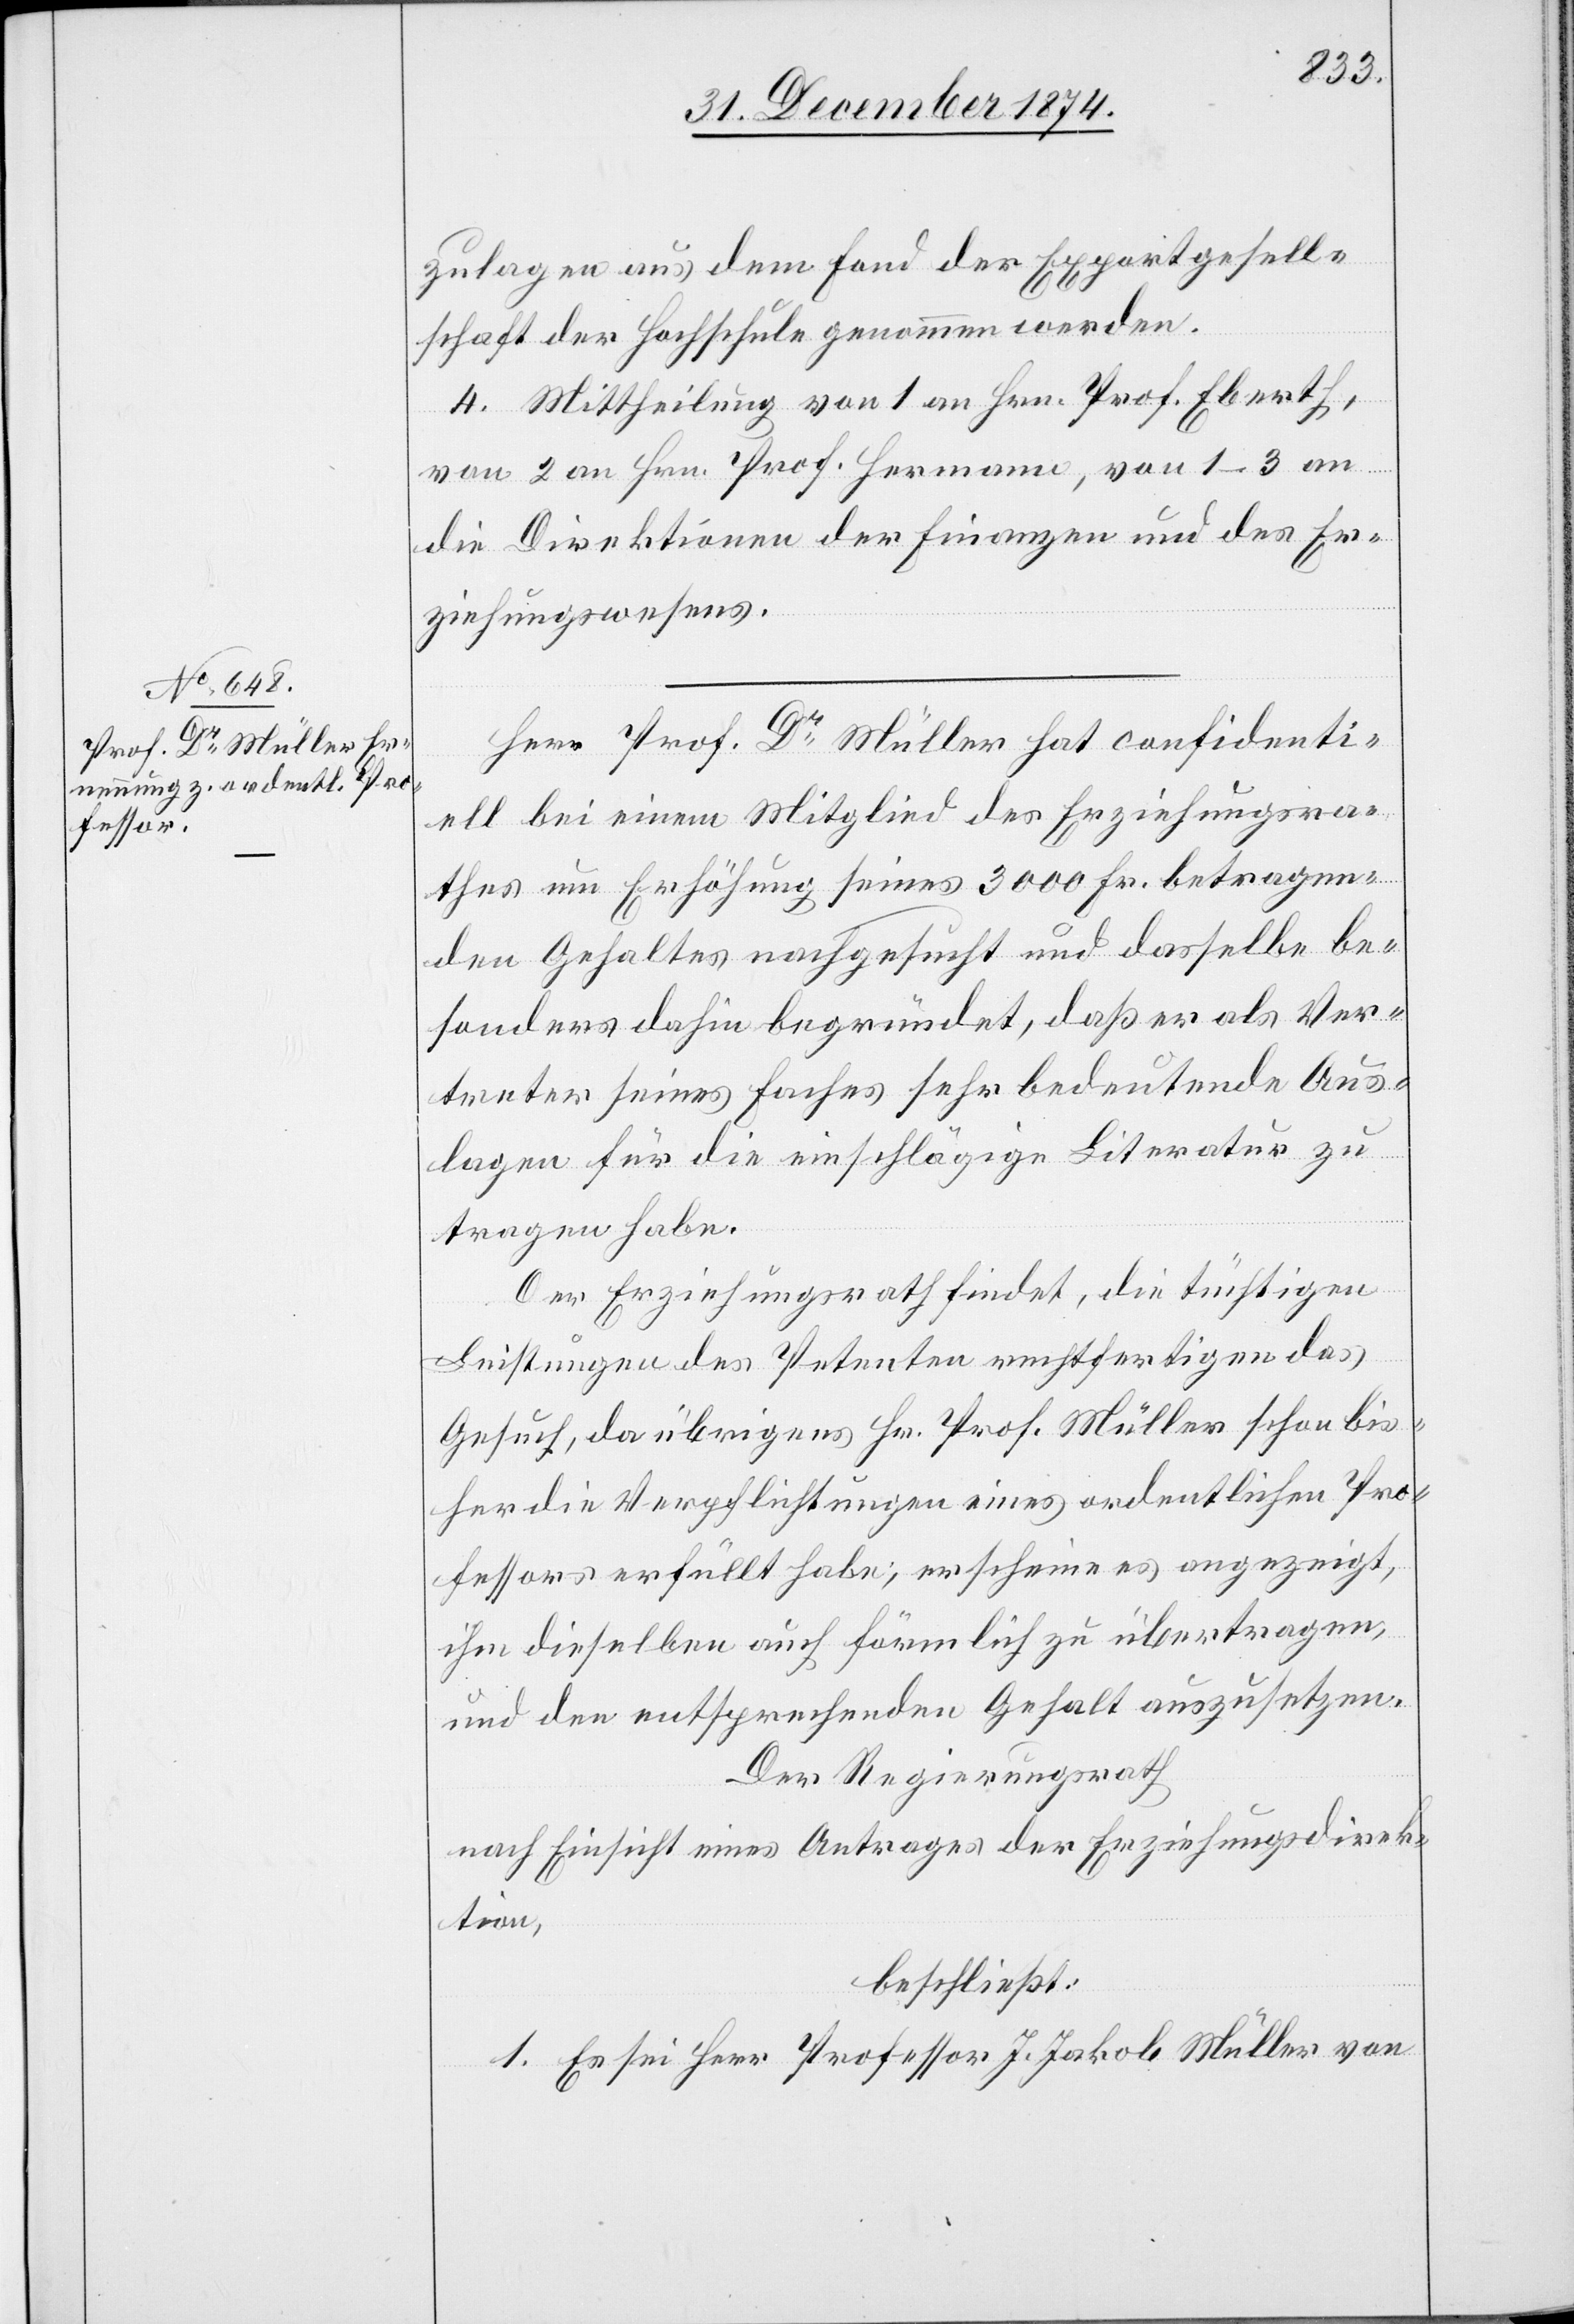
zulagen aus dem Fond der Exportgesell¬
schaft der Hochschule genommen werden.
4. Mittheilung von 1 an Hrn. Prof. Eberth,
von 2 an Hrn. Prof. Hermann, von 1–3 an
die Direktionen der Finanzen und des Er¬
ziehungswesen.
Herr Prof. Dr Müller hat confidenti¬
ell bei einem Mitglied des Erziehungsra¬
thes um Erhöhung seines 3000 Fr. betragen¬
den Gehaltes nachgesucht und dasselbe be¬
sonders dahin begründet, daß er als Ver¬
treter seines Faches sehr bedeutende Aus¬
lagen für die einschlägige Literatur zu
tragen habe.
Der Erziehungsrath findet, die tüchtigen
Leistungen des Petenten rechtfertigen das
Gesuch, da übrigens Hr. Prof. Müller schon bis¬
her die Verpflichtungen eines ordentlichen Pro¬
fessors erfüllt habe, erscheine es angezeigt,
ihm dieselben auch förmlich zu übertragen,
und den entsprechenden Gehalt auszusetzen.
Der Regierungsrath,
nach Einsicht eines Antrages der Erziehungsdirek¬
tion,
beschließt:
1. Es sei Herr Professor J. Jakob Müller von